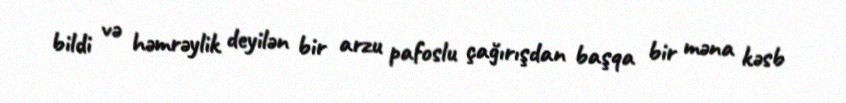
bildi və həmrəylik deyilən bir arzu pafoslu çağırışdan başqa bir məna kəsb